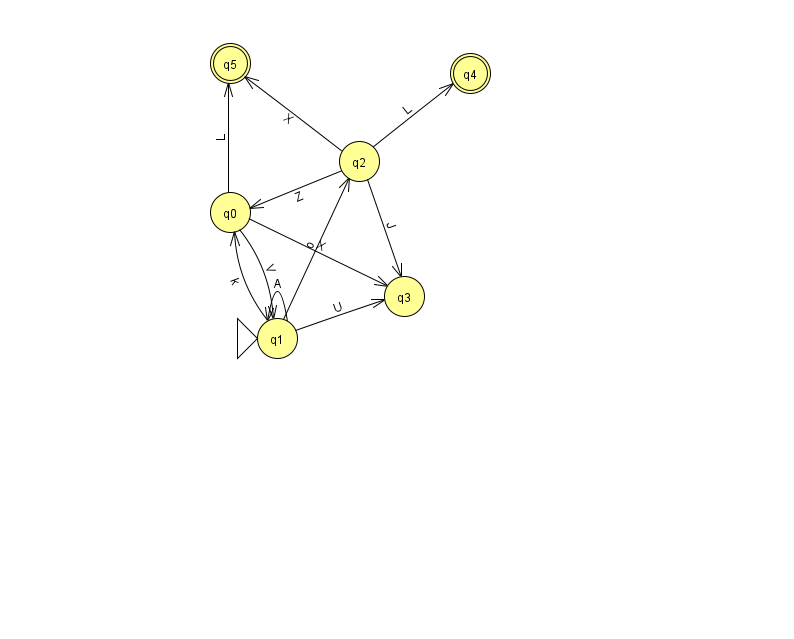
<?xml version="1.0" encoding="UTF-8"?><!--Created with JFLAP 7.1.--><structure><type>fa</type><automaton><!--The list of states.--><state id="0" name="q0"><x>230.0</x><y>199.0</y></state><state id="1" name="q1"><x>277.0</x><y>325.0</y><initial/></state><state id="2" name="q2"><x>359.0</x><y>148.0</y></state><state id="3" name="q3"><x>404.0</x><y>283.0</y></state><state id="4" name="q4"><x>470.0</x><y>60.0</y><final/></state><state id="5" name="q5"><x>230.0</x><y>50.0</y><final/></state><!--The list of transitions.--><transition><from>1</from><to>1</to><read>A</read></transition><transition><from>0</from><to>1</to><read>V</read></transition><transition><from>2</from><to>5</to><read>X</read></transition><transition><from>0</from><to>5</to><read>L</read></transition><transition><from>1</from><to>3</to><read>U</read></transition><transition><from>1</from><to>2</to><read>o</read></transition><transition><from>2</from><to>0</to><read>Z</read></transition><transition><from>1</from><to>0</to><read>k</read></transition><transition><from>2</from><to>3</to><read>J</read></transition><transition><from>0</from><to>3</to><read>X</read></transition><transition><from>2</from><to>4</to><read>L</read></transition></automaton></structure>